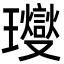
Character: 𤫉